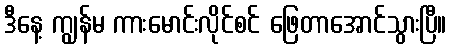
ဒီနေ့ ကျွန်မ ကားမောင်းလိုင်စင် ဖြေတာအောင်သွားပြီ။